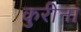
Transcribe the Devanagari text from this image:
कुरीना